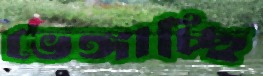
ভেঙ্গাচ্ছি